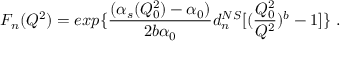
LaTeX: F _ { n } ( Q ^ { 2 } ) = e x p \{ { \frac { ( \alpha _ { s } ( Q _ { 0 } ^ { 2 } ) - \alpha _ { 0 } ) } { 2 b \alpha _ { 0 } } } d _ { n } ^ { N S } [ ( { \frac { Q _ { 0 } ^ { 2 } } { Q ^ { 2 } } } ) ^ { b } - 1 ] \} ~ .